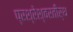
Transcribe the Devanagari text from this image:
प्रश्रेश्वरतीर्थ